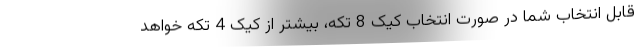
قابل انتخاب شما در صورت انتخاب کیک 8 تکه، بیشتر از کیک 4 تکه خواهد